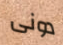
دونى